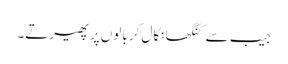
جیب سے کنگھا نکال کر بالوں پر پھیرتے۔